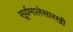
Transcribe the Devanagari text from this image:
सूर्यमालेसारखी